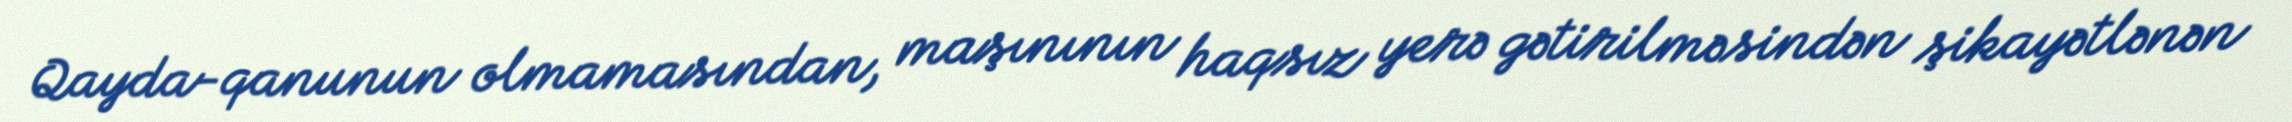
Qayda-qanunun olmamasından, maşınının haqsız yerə gətirilməsindən şikayətlənən